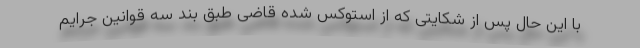
با این حال پس از شکایتی که از استوکس شده قاضی طبق بند سه قوانین جرایم